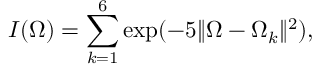
I ( \Omega ) = \sum _ { k = 1 } ^ { 6 } \exp ( - 5 \| \Omega - \Omega _ { k } \| ^ { 2 } ) ,